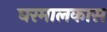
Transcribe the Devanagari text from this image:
घरमालकास